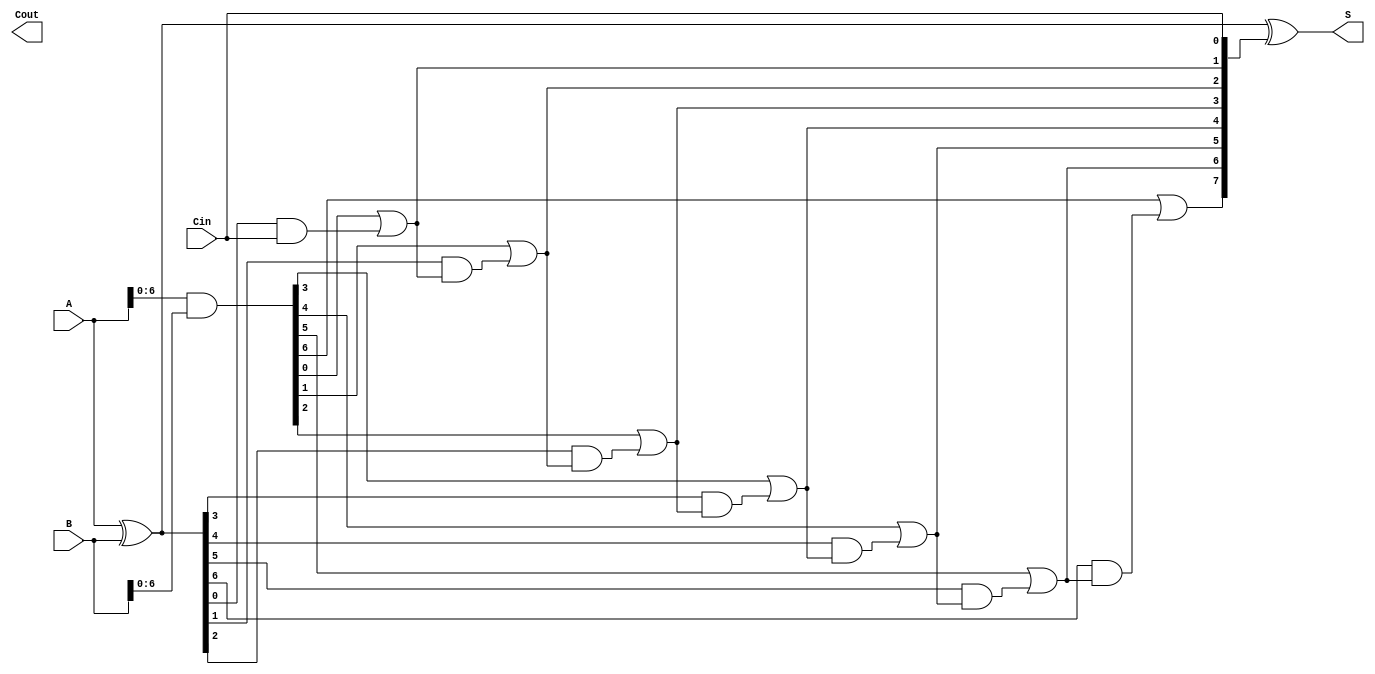
module brent_kung_adder #(parameter n = 8) (
    input  [n-1:0] A,      // First n-bit input
    input  [n-1:0] B,      // Second n-bit input
    input         Cin,      // Carry-in
    output [n-1:0] S,      // Sum output
    output        Cout      // Carry-out
);

    // Generate and Propagate signals
    wire [n-1:0] G; // Generate
    wire [n-1:0] P; // Propagate
    wire [n:0] C;   // Carry

    assign G = A & B;           // Generate
    assign P = A ^ B;           // Propagate
    assign C[0] = Cin;          // Initial carry

    // Carry propagation using Brent-Kung structure
    genvar i, j;
    generate
        for (i = 0; i < n; i = i + 1) begin : carry_gen
            if (i > 0) begin
                assign C[i] = G[i-1] | (P[i-1] & C[i-1]); // Carry generation
            end
        end
    endgenerate

    // Calculate sum bits
    assign S = P ^ C[n-1:0];      // Sum calculation: S[i] = P[i] XOR C[i]

    // Carry out
    assign Cout = C[n];           // Final carry out

endmodule